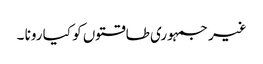
غیر جمہوری طاقتوں کو کیا رونا ۔